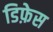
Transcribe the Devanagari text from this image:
डिफ़ेस